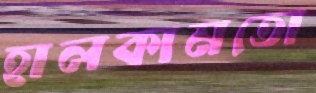
হালকামতো